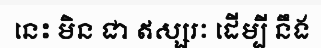
នេះ មិន ជា ឥស្សរៈ ដើម្បី នឹង